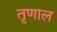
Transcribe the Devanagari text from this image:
तृणाल